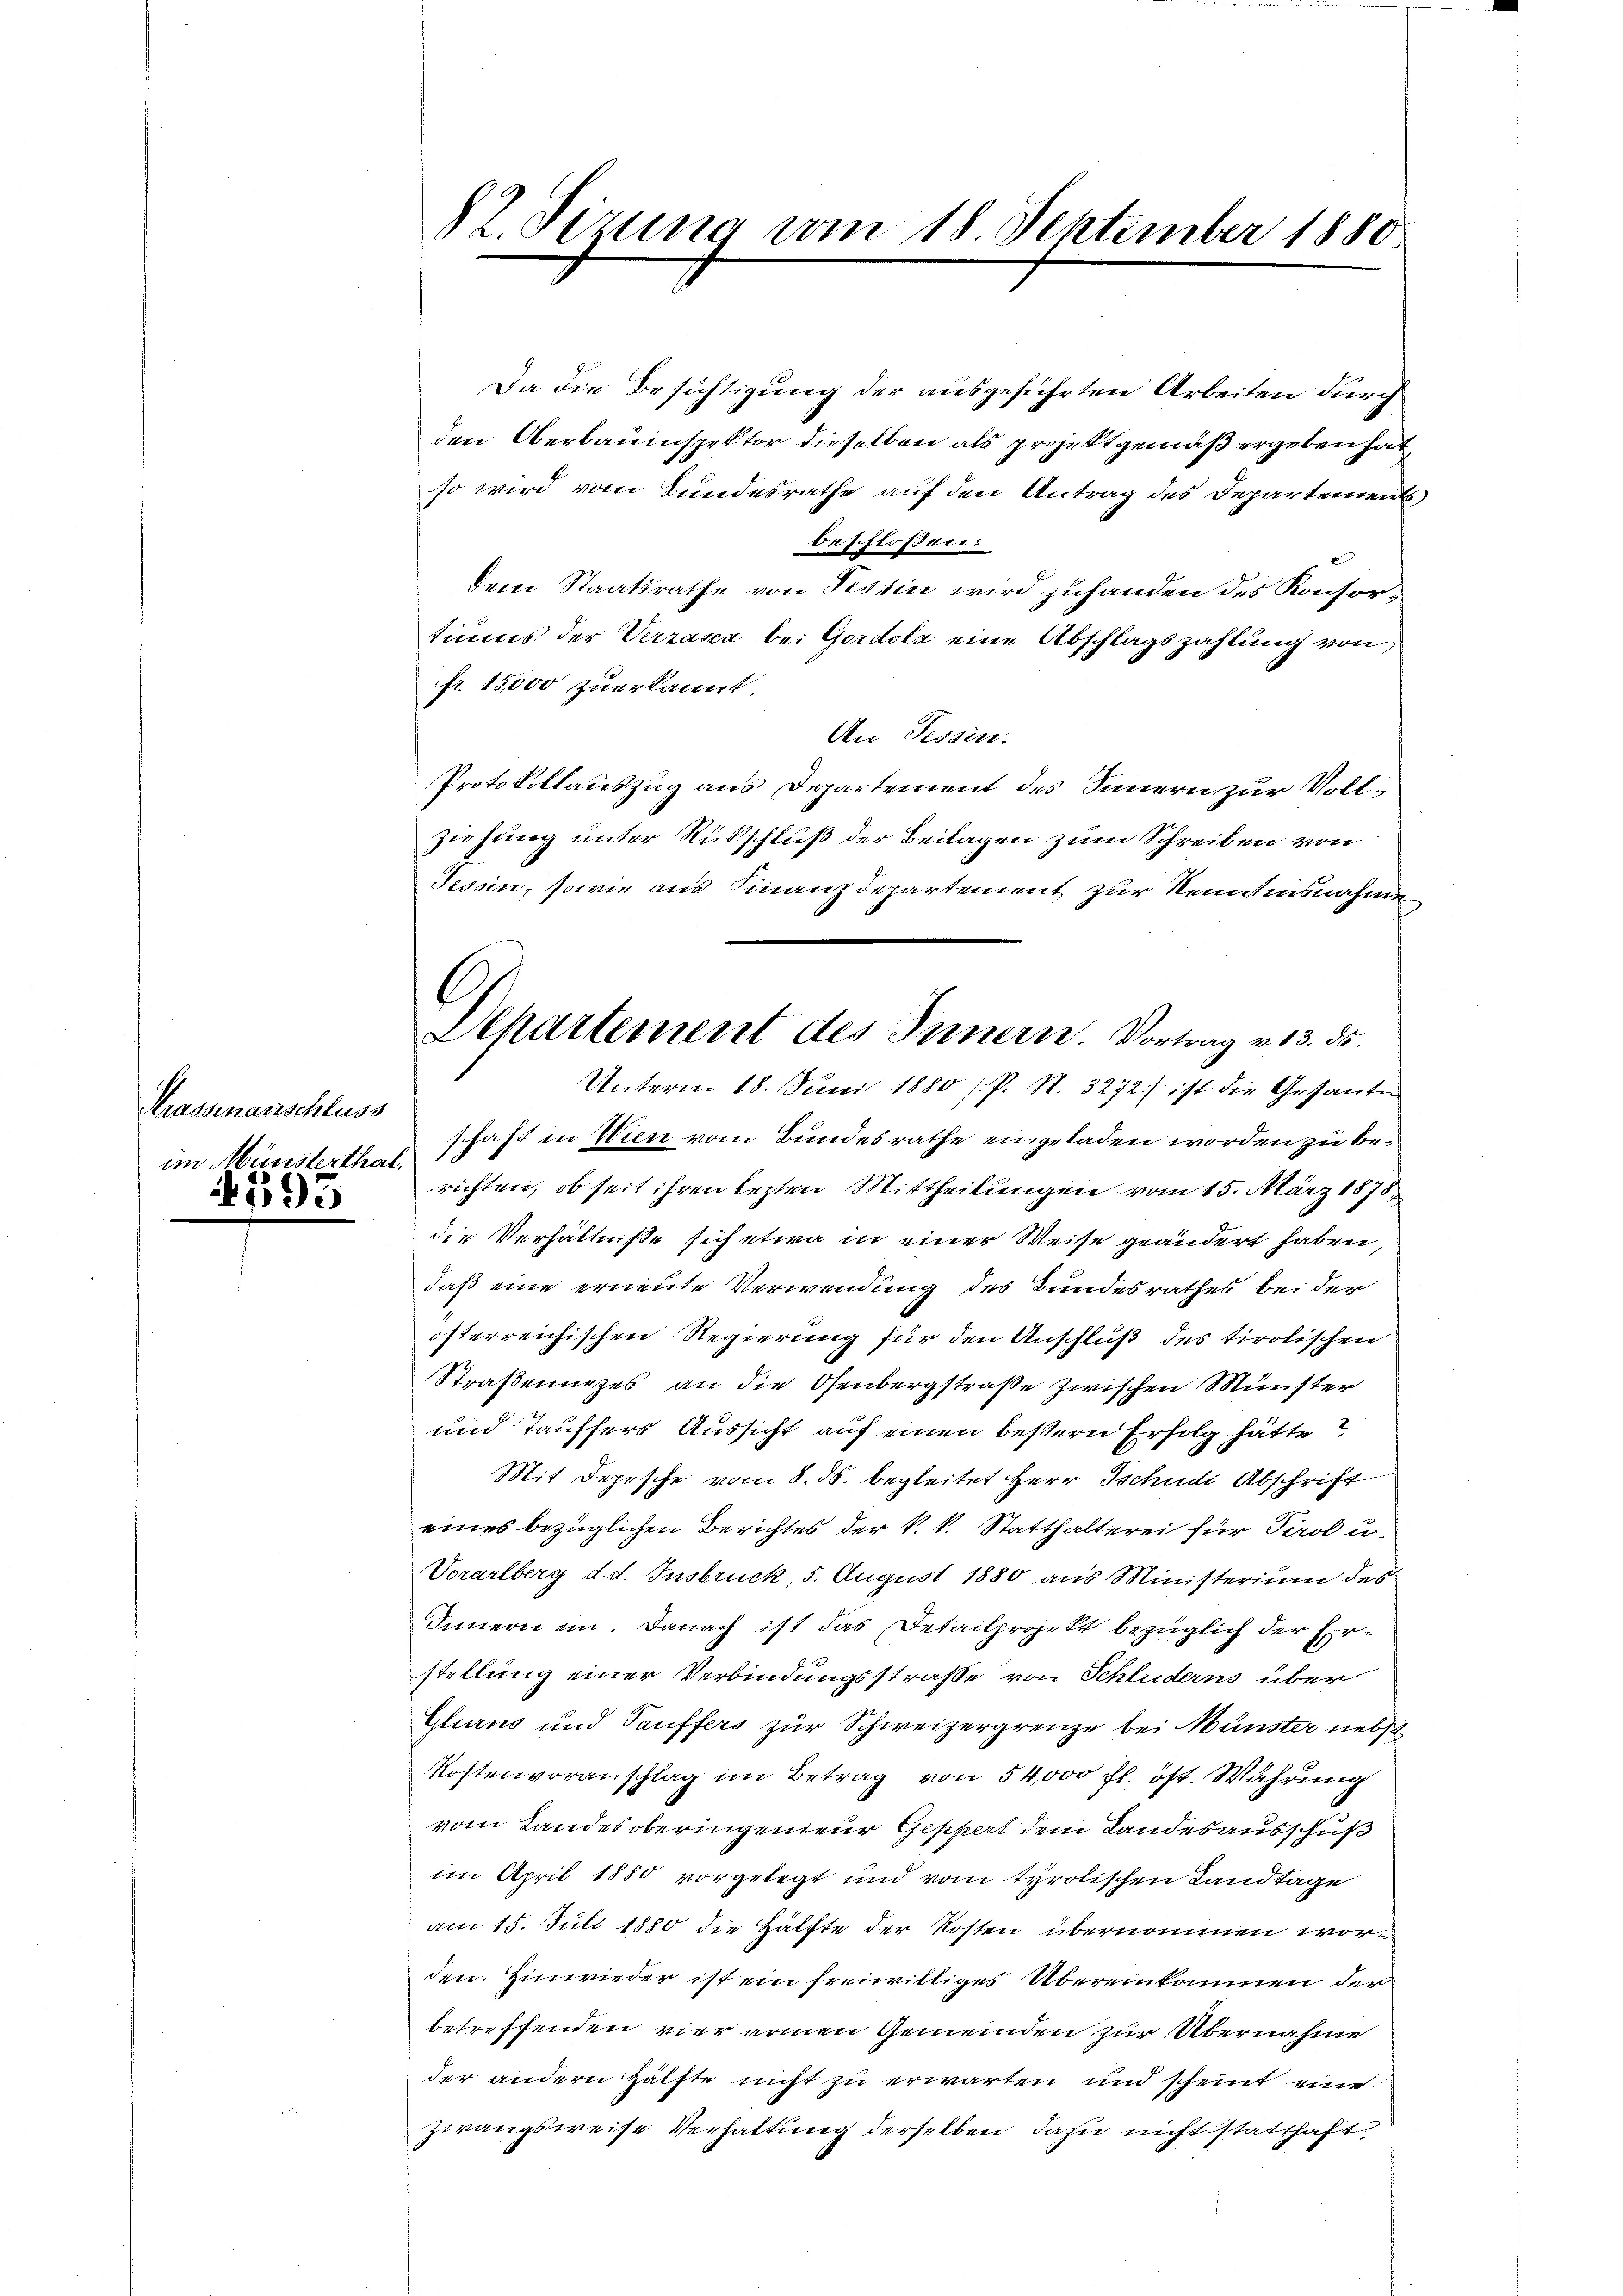
Krassenanschluss
im Münsterthal.

395

82. Sizung vom 18. September 1880

Departement des Innern. Vortrag v. 13. ds.

Da die Besichtigung der ausgeführten Arbeiten durch
den Oberbauinspektor dieselben als projekt gemäß ergeben hat,
so wird vom Bundesrathe auf den Antrag des Departements
beschloßen:
dem Staatsrathe von Tessin wird zuhanden des Konsortiums der Verzasca bei Gordola eine Abschlagszahlung von
fr. 15,000 zuerkannt.
An Tessin.
Protokollauszug aus Departement des Sinnern zur Vollziehung unter Rückschluß der Beilagen zum Schreiben von
Tessin, sowie aus Finanzdepartement zur Kenntensnahme
Unterm 18. Juni 1880 s. P. S. 3272) ist die Gesante
schaft in Wien vom Bundesrathe eingeladen worden zu berichten, ob seit ihren lezten Mittheilungen vom 15. März 1878
die Verhältniße sich etwa in einer Weise geändert haben,
daß eine erneute Verwendung des Bundesrathes bei der
österreichischen Regierung für den Anschluß des tirolischen
Straßenurzes an die Osenbergstraße zwischen Münster
und Taufsers Aussicht auf einen beßern Erfolg hätte?
Mit Depesche vom 8. ds. begleitet Herr Tschudi Abschrift
eines bezüglichen Berichtes der k. k. Statthalterei für Tirol u.
Vorarlberg d. d. Insbruck, 5. August 1880 aus Ministerium des
Innern ein. Danach ist das Detailprojekt bezüglich der Erstellung einer Verbindungsstraße von Schluderns über
Glians und Tauffers zur Schweizergrenze bei Münster nebst
Kostenvoranschlag im Betrag von 54,000 fl. öst. Wahrung
vom Landes oberingenieur Geppert dem Landesausschuß
im April 1880 vorgelegt und vom tyrolischen Landtage
am 15. Juli 1880 die Hälfte der Kosten übernommen worden. Hinwieder ist ein freiwilliges Übereinkommen der
betreffenden vier armen Gemeinden zur Übernahme
der andern Hälfte nicht zu erwarten und scheint eine
Zwangsweise Verhaltung derselben dazu nicht statthaft